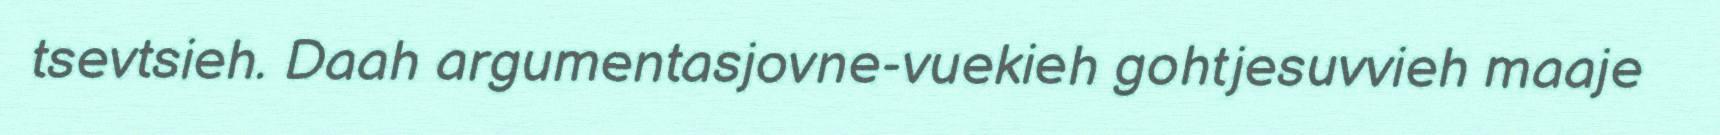
tsevtsieh. Daah argumentasjovne-vuekieh gohtjesuvvieh maaje